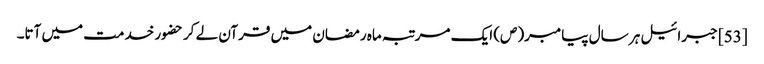
[53] جبرائیل ہر سال پیامبر(ص) ایک مرتبہ ماہ رمضان میں قرآن لے کر حضور خدمت میں آتا۔